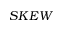
S K E W